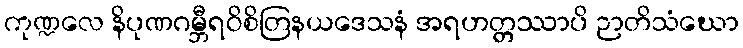
ကုဏ္ဍလေ နိပုဏဂမ္ဘီရဝိစိတြနယဒေသနံ အရဟတ္တဿာပိ ဉာတိသံဃော